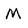
Character: M